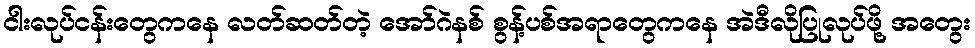
ငါးလုပ်ငန်းတွေကနေ လတ်ဆတ်တဲ့ အော်ဂဲနစ် စွန့်ပစ်အရာတွေကနေ အဲဒီလိုပြုလုပ်ဖို့ အတွေး